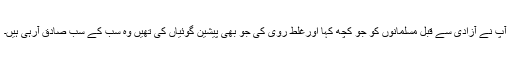
آپ نے آزادی سے قبل مسلمانوں کو جو کچھ کہا اورغلط روی کی جو بھی پیشین گوئیاں کی تھیں وہ سب کے سب صادق آرہی ہیں۔